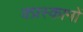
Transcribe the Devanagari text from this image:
क्प्रस्कामों